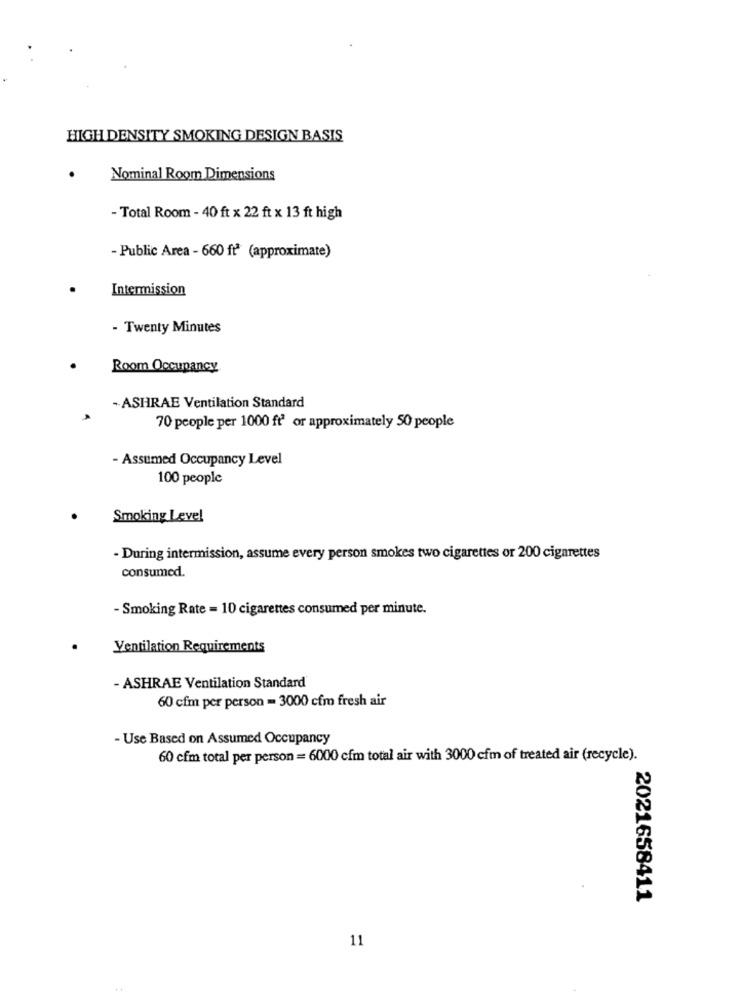
HIGH DENSITY SMOKING DESIGN BASIS
Nominal Room Dimensions
-Total Room - 40 ft x 22 ft x 13 ft high
- Public Area - 660 ftª (approximate)
Intermission
- Twenty Minutes
Room Occupancy
-ASHRAE Ventilation Standard
70 people per 1000 ft or approximately 50 people
- Assumed Occupancy Level
100 people
Smoking Level
- During intermission, assume every person smokes two cigarettes or 200 cigarettes
consumed.
- Smoking Rate = 10 cigarettes consumed per minute.
Ventilation Requirements
- ASHRAE Ventilation Standard
60 cfm per person = 3000 cfm fresh air
- Use Based on Assumed Occupancy
60 cfm total per person = 6000 cfm total air with 3000 cfm of treated air (recycle).
2021658411
11